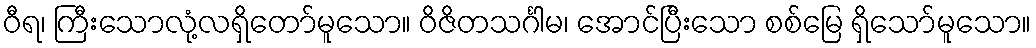
ဝီရ၊ ကြီးသောလုံ့လရှိတော်မူသော။ ဝိဇိတသင်္ဂါမ၊ အောင်ပြီးသော စစ်မြေ ရှိသော်မူသော။